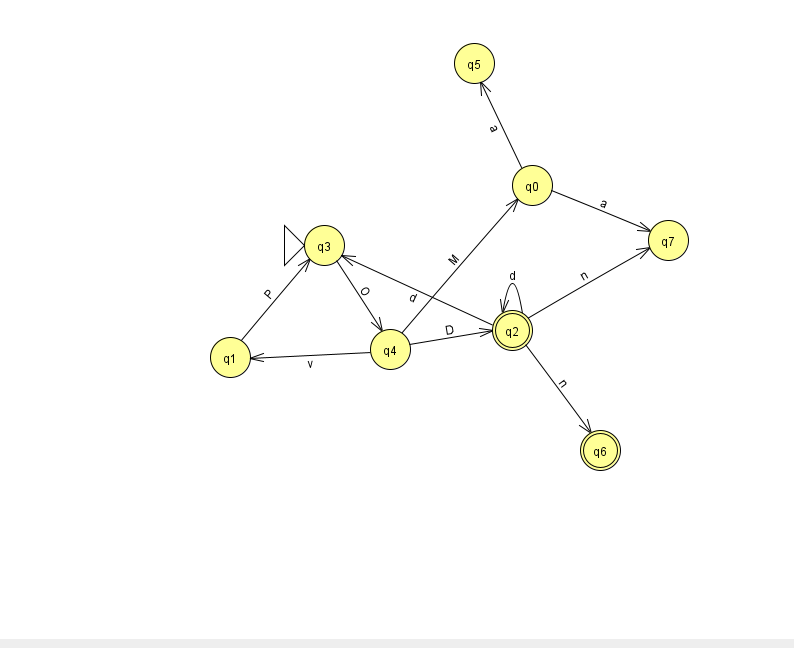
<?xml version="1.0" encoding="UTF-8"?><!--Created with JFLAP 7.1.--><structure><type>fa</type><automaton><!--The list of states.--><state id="0" name="q0"><x>532.0</x><y>172.0</y></state><state id="1" name="q1"><x>230.0</x><y>344.0</y></state><state id="2" name="q2"><x>512.0</x><y>317.0</y><final/></state><state id="3" name="q3"><x>324.0</x><y>232.0</y><initial/></state><state id="4" name="q4"><x>390.0</x><y>336.0</y></state><state id="5" name="q5"><x>474.0</x><y>50.0</y></state><state id="6" name="q6"><x>600.0</x><y>437.0</y><final/></state><state id="7" name="q7"><x>668.0</x><y>227.0</y></state><!--The list of transitions.--><transition><from>2</from><to>6</to><read>n</read></transition><transition><from>2</from><to>7</to><read>n</read></transition><transition><from>4</from><to>0</to><read>M</read></transition><transition><from>2</from><to>2</to><read>d</read></transition><transition><from>3</from><to>4</to><read>O</read></transition><transition><from>4</from><to>2</to><read>D</read></transition><transition><from>4</from><to>1</to><read>v</read></transition><transition><from>0</from><to>7</to><read>a</read></transition><transition><from>0</from><to>5</to><read>a</read></transition><transition><from>1</from><to>3</to><read>P</read></transition><transition><from>2</from><to>3</to><read>d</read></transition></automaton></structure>